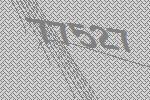
77527